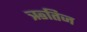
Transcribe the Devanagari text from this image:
ऋतिज